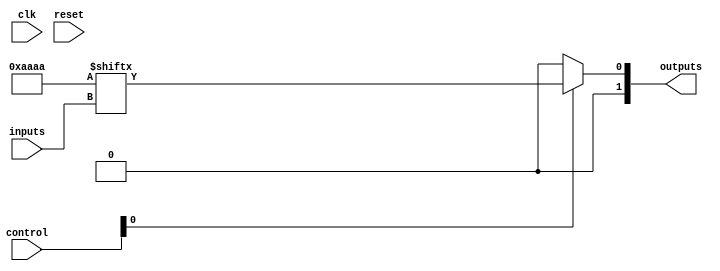
module CLB (
    input wire [N-1:0] inputs,        // N input pins
    input wire [M-1:0] control,        // Control signals for multiplexing
    output wire [P-1:0] outputs,       // P output pins
    input wire clk,                    // Clock signal (if needed for control)
    input wire reset                   // Reset signal
);

// Parameter definitions
parameter N = 4;                     // Number of inputs
parameter M = 2;                     // Number of control signals for multiplexer
parameter P = 2;                     // Number of outputs
parameter LUT_SIZE = 16;             // Size of the LUT (2^N)

// LUT declaration
reg [LUT_SIZE-1:0] lut;              // LUT to store truth table values
reg [P-1:0] output_reg;              // Register for output signals

// Initialize LUT with some values (example)
initial begin
    lut = 16'b1010101010101010; // Example truth table for 4 inputs
end

// Combinational logic block
always @(*) begin
    // Generate outputs based on LUT
    output_reg = lut[inputs]; // Access LUT using input as index
end

// Optional multiplexer logic
wire [P-1:0] mux_out;
generate
    genvar i;
    for (i = 0; i < P; i = i + 1) begin : mux
        assign mux_out[i] = (control[0]) ? output_reg[i] : 1'b0; // Simple mux example
    end
endgenerate

// Assign final outputs
assign outputs = mux_out;

// Feedback path (if needed)
reg [N-1:0] feedback_reg;
always @(posedge clk or posedge reset) begin
    if (reset) begin
        feedback_reg <= 0;
    end else begin
        feedback_reg <= outputs; // Feedback from outputs to inputs
    end
end

endmodule